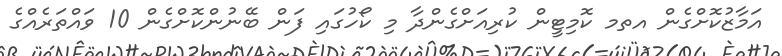
އަމާޒުކޮށްގެން އތމ ކޮމިޓީން ކުރިއަށްގެންދާ މި ކޯހުގައި ފަން ބޭނުންކޮށްގެން 10 ވައްތަރެއްގެ